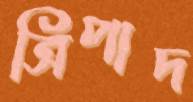
ত্রিপাদ